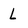
Character: L